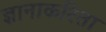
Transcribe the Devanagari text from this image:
ज्ञानाकरिता